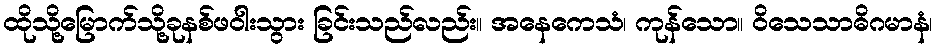
ထိုသို့မြောက်သို့ခုနစ်ဖဝါးသွား ခြင်းသည်လည်း။ အနေကေသံ၊ ကုန်သော။ ဝိသေသာဓိဂမာနံ၊